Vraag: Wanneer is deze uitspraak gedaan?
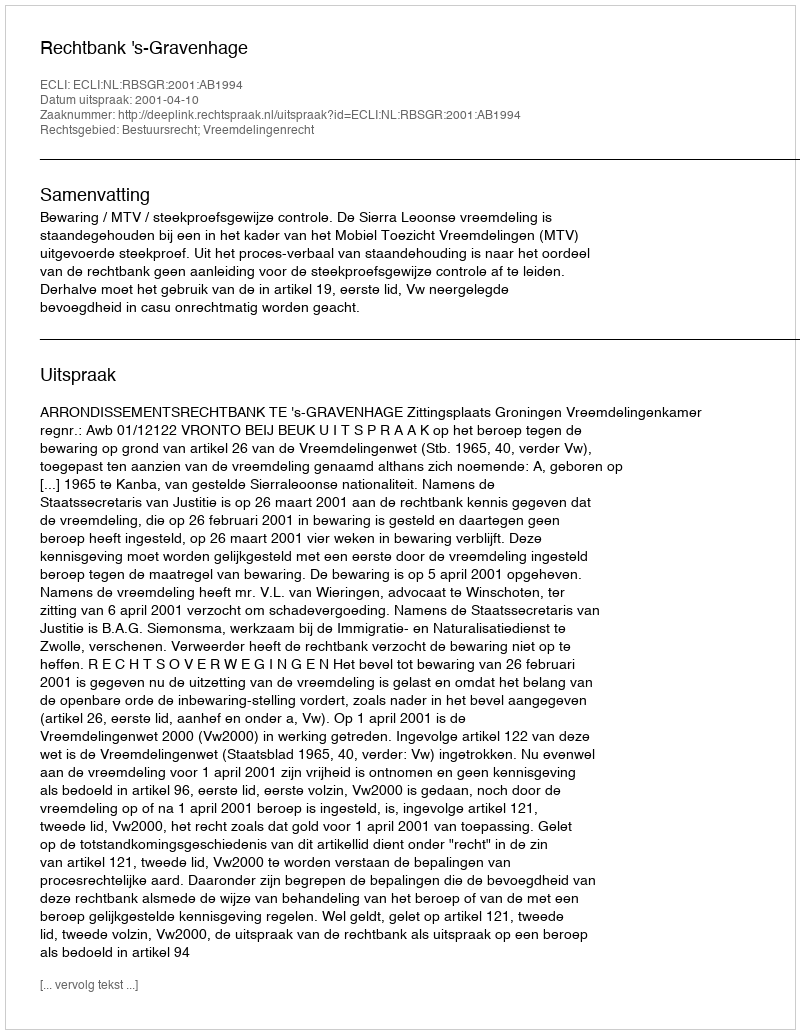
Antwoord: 2001-04-10